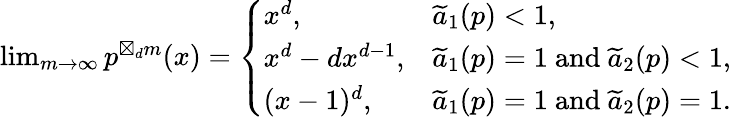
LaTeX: \begin{array}{r}{\operatorname*{lim}_{m\rightarrow\infty}p^{\boxtimes_{d}m}(x)=\left\{ \begin{array}{ll}{x^{d},}&{\widetilde{a}_{1}(p)<1,}\\ {x^{d}-dx^{d-1},}&{\widetilde{a}_{1}(p)=1\mathrm{~and~}\widetilde{a}_{2}(p)<1,}\\ {(x-1)^{d},}&{\widetilde{a}_{1}(p)=1\mathrm{~and~}\widetilde{a}_{2}(p)=1.}\end{array}\right.}\end{array}